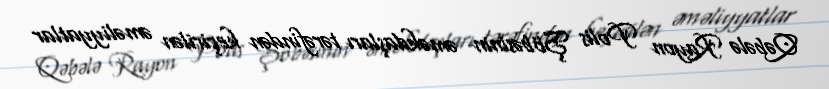
Qəbələ Rayon Polis Şöbəsinin əməkdaşları tərəfindən keçirilən əməliyyatlar